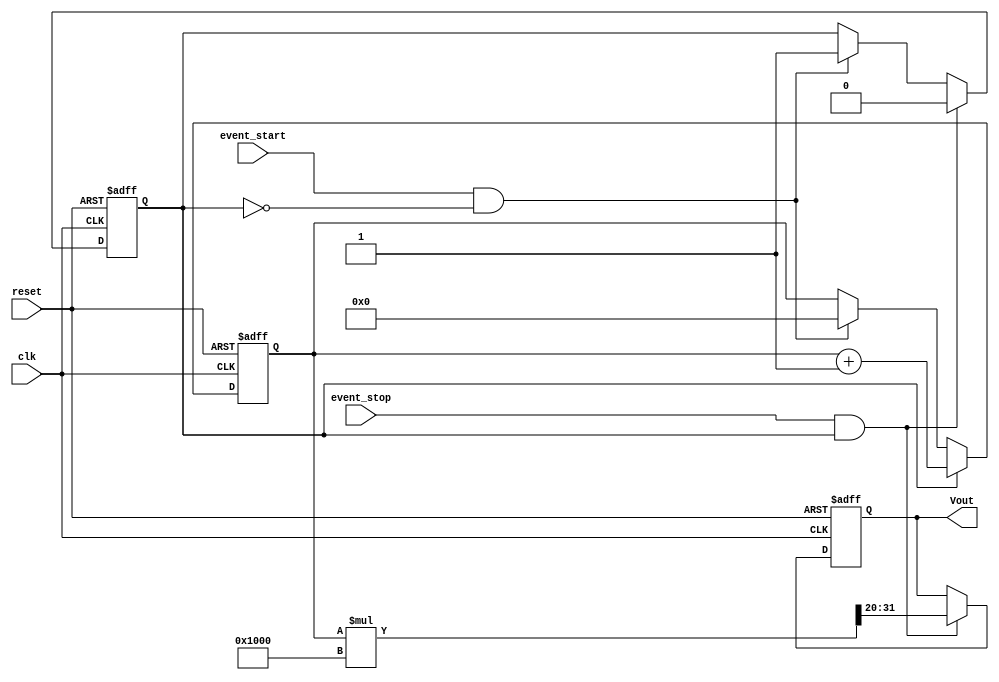
module TDC (
    input wire clk,           // System clock
    input wire reset,         // Reset signal
    input wire event_start,   // Start event
    input wire event_stop,    // Stop event
    output reg [11:0] Vout    // Output voltage (12-bit representation)
);

// Parameter for Time-to-Voltage scaling factor (example value)
parameter K = 4096; // Scaling factor for voltage conversion

// Time Counter
reg [31:0] time_count; // 32-bit counter for time measurement
reg counting;          // Counting flag

// Event Detector and Counter Logic
always @(posedge clk or posedge reset) begin
    if (reset) begin
        time_count <= 32'b0;
        counting <= 1'b0;
        Vout <= 12'b0;
    end else begin
        if (event_start && !counting) begin
            counting <= 1'b1; // Start counting
            time_count <= 32'b0; // Reset counter
        end
        
        if (counting) begin
            time_count <= time_count + 1; // Increment counter
        end
        
        if (event_stop && counting) begin
            counting <= 1'b0; // Stop counting
            // Convert time_count to voltage
            Vout <= (time_count * K) >> 20; // Scale and convert to 12-bit voltage (simple model)
        end
    end
end

endmodule